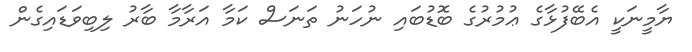
ޔާމީނަކީ އެބޭފުޅާގެ ޢުމުރުގެ ބޮޑުބައި ނުހަނު ތަނަސް ކަމާ އަރާމާ ބާރު ލިބިވަޑައިގެން